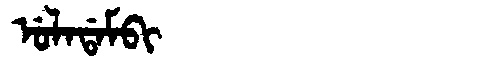
Manchu: ᡠᠯᠠᡩᠠᠮᠪᡳ
Romanization: ULADAMBI